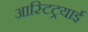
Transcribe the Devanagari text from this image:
आस्टिट्रयाई